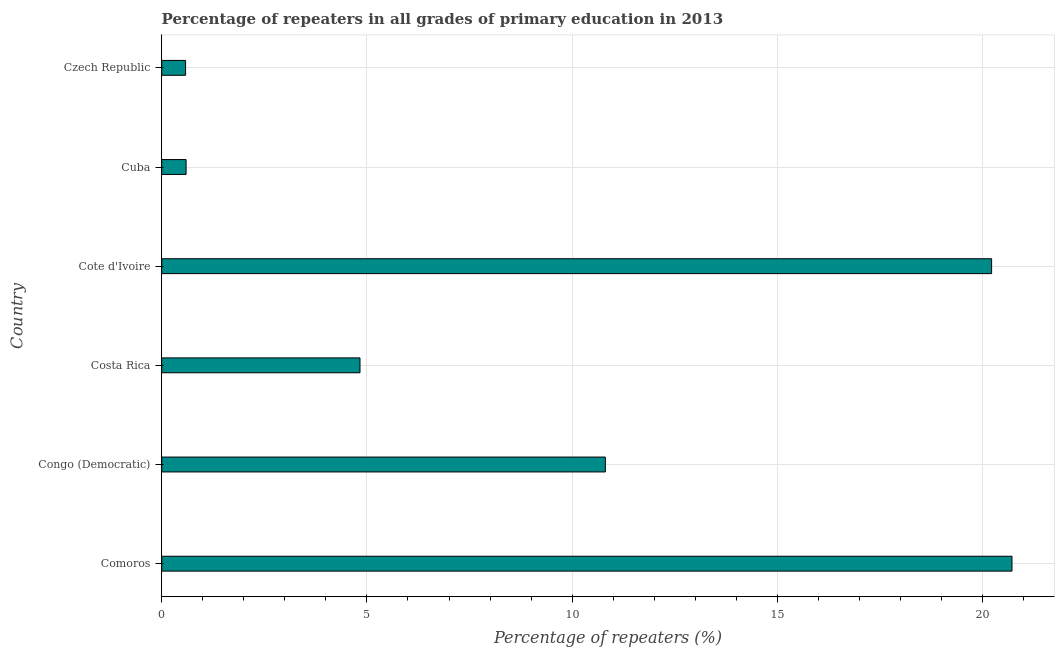
| Country | Repeaters in primary education |
 | --- | --- |
 | Comoros | 20.7 |
 | Congo (Democratic) | 10.8 |
 | Costa Rica | 4.83 |
 | Cote d'Ivoire | 20.2 |
 | Cuba | 0.594 |
 | Czech Republic | 0.581 |